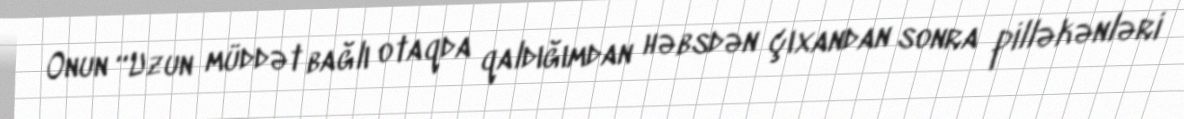
Onun “Uzun müddət bağlı otaqda qaldığımdan həbsdən çıxandan sonra pilləkənləri